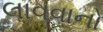
લાવવાનો